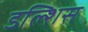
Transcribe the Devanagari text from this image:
डल्शिस